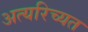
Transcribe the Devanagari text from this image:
अत्यरिच्यत